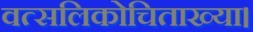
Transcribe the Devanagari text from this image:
वत्सलिकोचिताख्या।